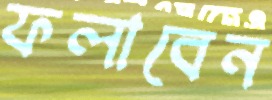
ফলাবেন